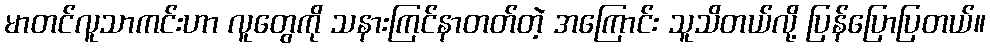
မာတင်လူသာကင်းဟာ လူတွေကို သနားကြင်နာတတ်တဲ့ အကြောင်း သူသိတယ်လို့ ပြန်ပြောပြတယ်။